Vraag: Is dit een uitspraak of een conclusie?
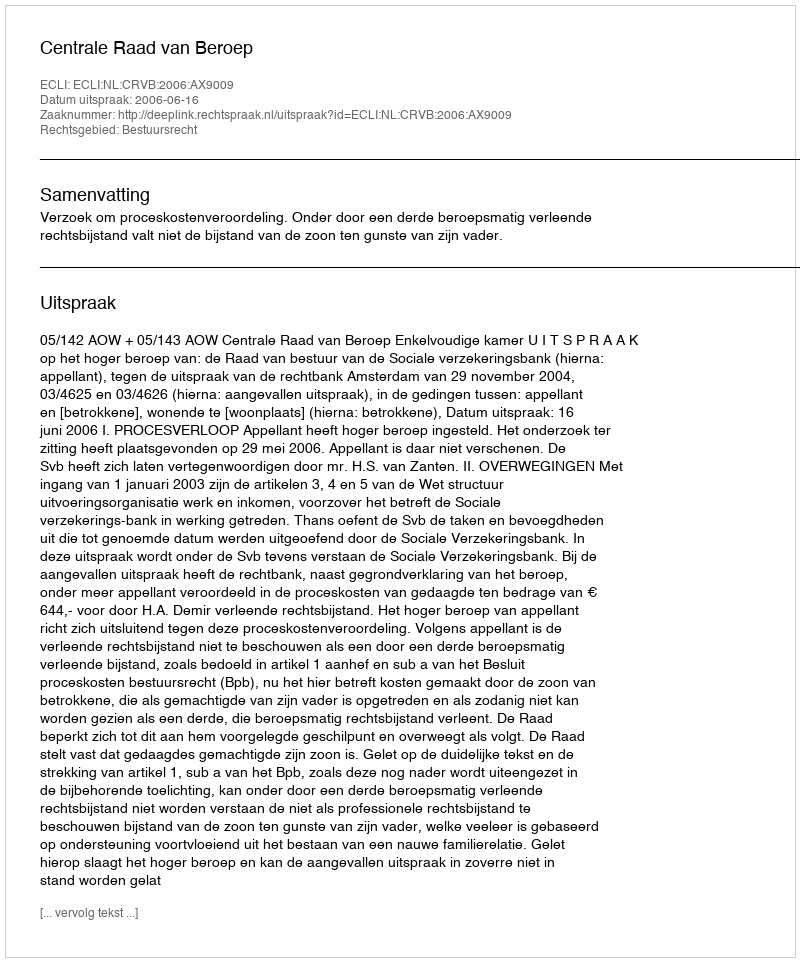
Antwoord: Uitspraak